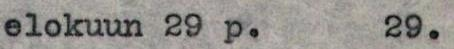
elokuun 29 p. 29.